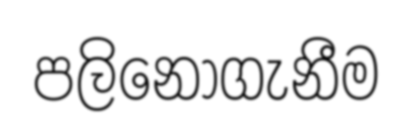
පලිනොගැනීම